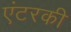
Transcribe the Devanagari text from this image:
एंटरकी